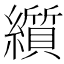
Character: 𬘋